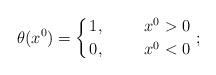
LaTeX: \begin{align*}\theta (x^{0}) = \left\{ 1, \hskip 1cm x^{0} > 0 \atop{0, \hskip 1cm x^{0} < 0} \right. ;\end{align*}